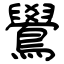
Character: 鷽